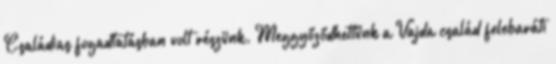
Családias fogadtatásban volt részünk. Meggyőződhettünk a Vajda család felebaráti